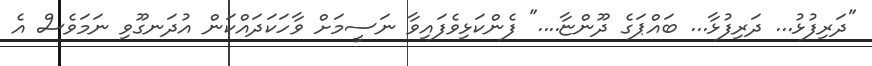
"ދަރިފުޅު... ދަރިފުޅާ... ބައްޕަގެ ދޫންޏާ...." ފެންކަޅިވެފައިވާ ނަސީމަށް ވާހަކަދައްކަން އުދަނގޫވި ނަމަވެސް އެ